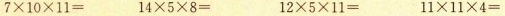
$$ 7 \times 1 0 \times